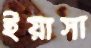
ইয়াসা